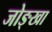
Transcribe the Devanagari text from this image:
जोङ्खा